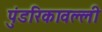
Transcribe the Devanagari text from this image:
पुंडरिकावल्ली